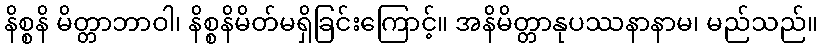
နိစ္စနိ မိတ္တာဘာဝါ၊ နိစ္စနိမိတ်မရှိခြင်းကြောင့်။ အနိမိတ္တာနုပဿနာနာမ၊ မည်သည်။